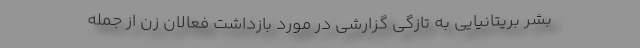
بشر بریتانیایی به تازگی گزارشی در مورد بازداشت فعالان زن از جمله